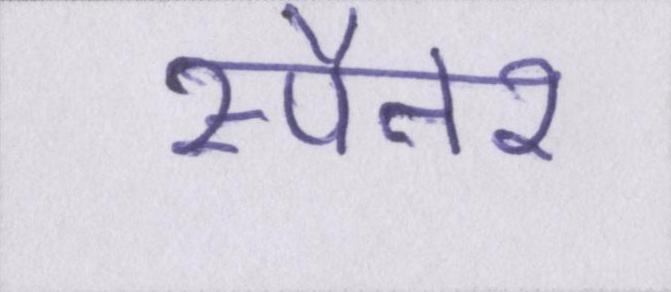
स्पैनर